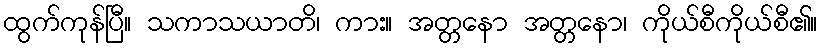
ထွက်ကုန်ပြီ။ သကာသယာတိ၊ ကား။ အတ္တနော အတ္တနော၊ ကိုယ်စီကိုယ်စီ၏။